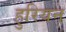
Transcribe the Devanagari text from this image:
हुरियन